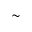
\sim